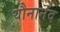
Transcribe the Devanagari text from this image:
यौनानंद